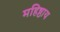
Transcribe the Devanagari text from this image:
महिष्ठाय